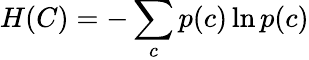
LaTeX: H(C)=-\sum_{c}p(c)\ln p(c)